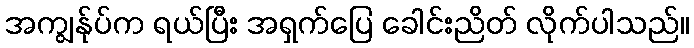
အကျွန်ုပ်က ရယ်ပြီး အရှက်ပြေ ခေါင်းညိတ် လိုက်ပါသည်။